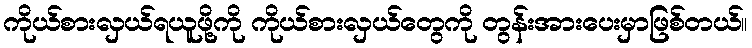
ကိုယ်စားလှယ်ရယူဖို့ကို ကိုယ်စားလှယ်တွေကို တွန်းအားပေးမှာဖြစ်တယ်။